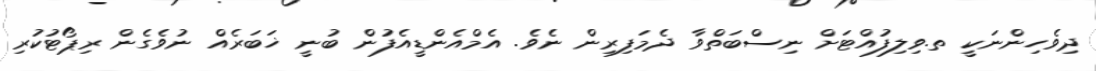
ދިވެހިންނަކީ ތ.ވިލިފުއްޓަށް ނިސްބަތްވާ ދެމަފިރިން ނެވެ. އެމްއެންޑީއެފުން ބުނީ ޚަބަރެއް ނުވެގެން ރިޕޯޓުކުރި